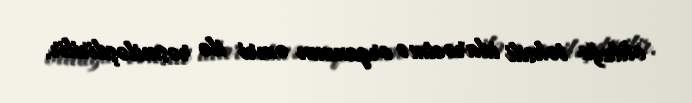
olduğu təhsili idarəetmə orqanının əmri ilə rəsmiləşdirilir.